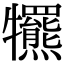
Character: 𤜑